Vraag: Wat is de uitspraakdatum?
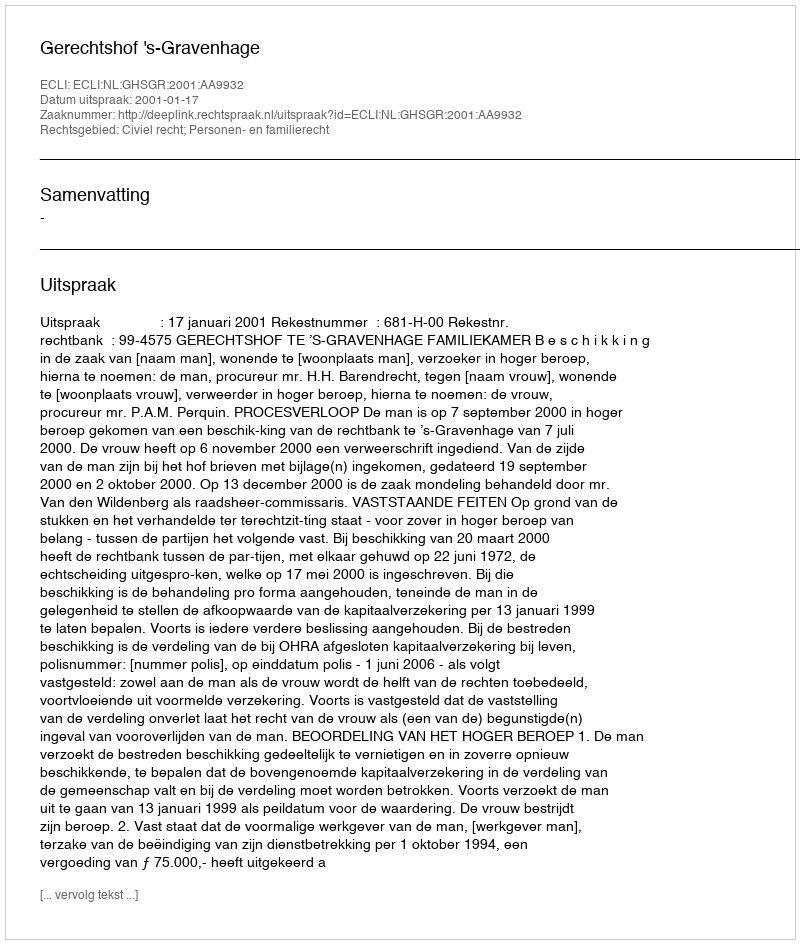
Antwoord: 2001-01-17